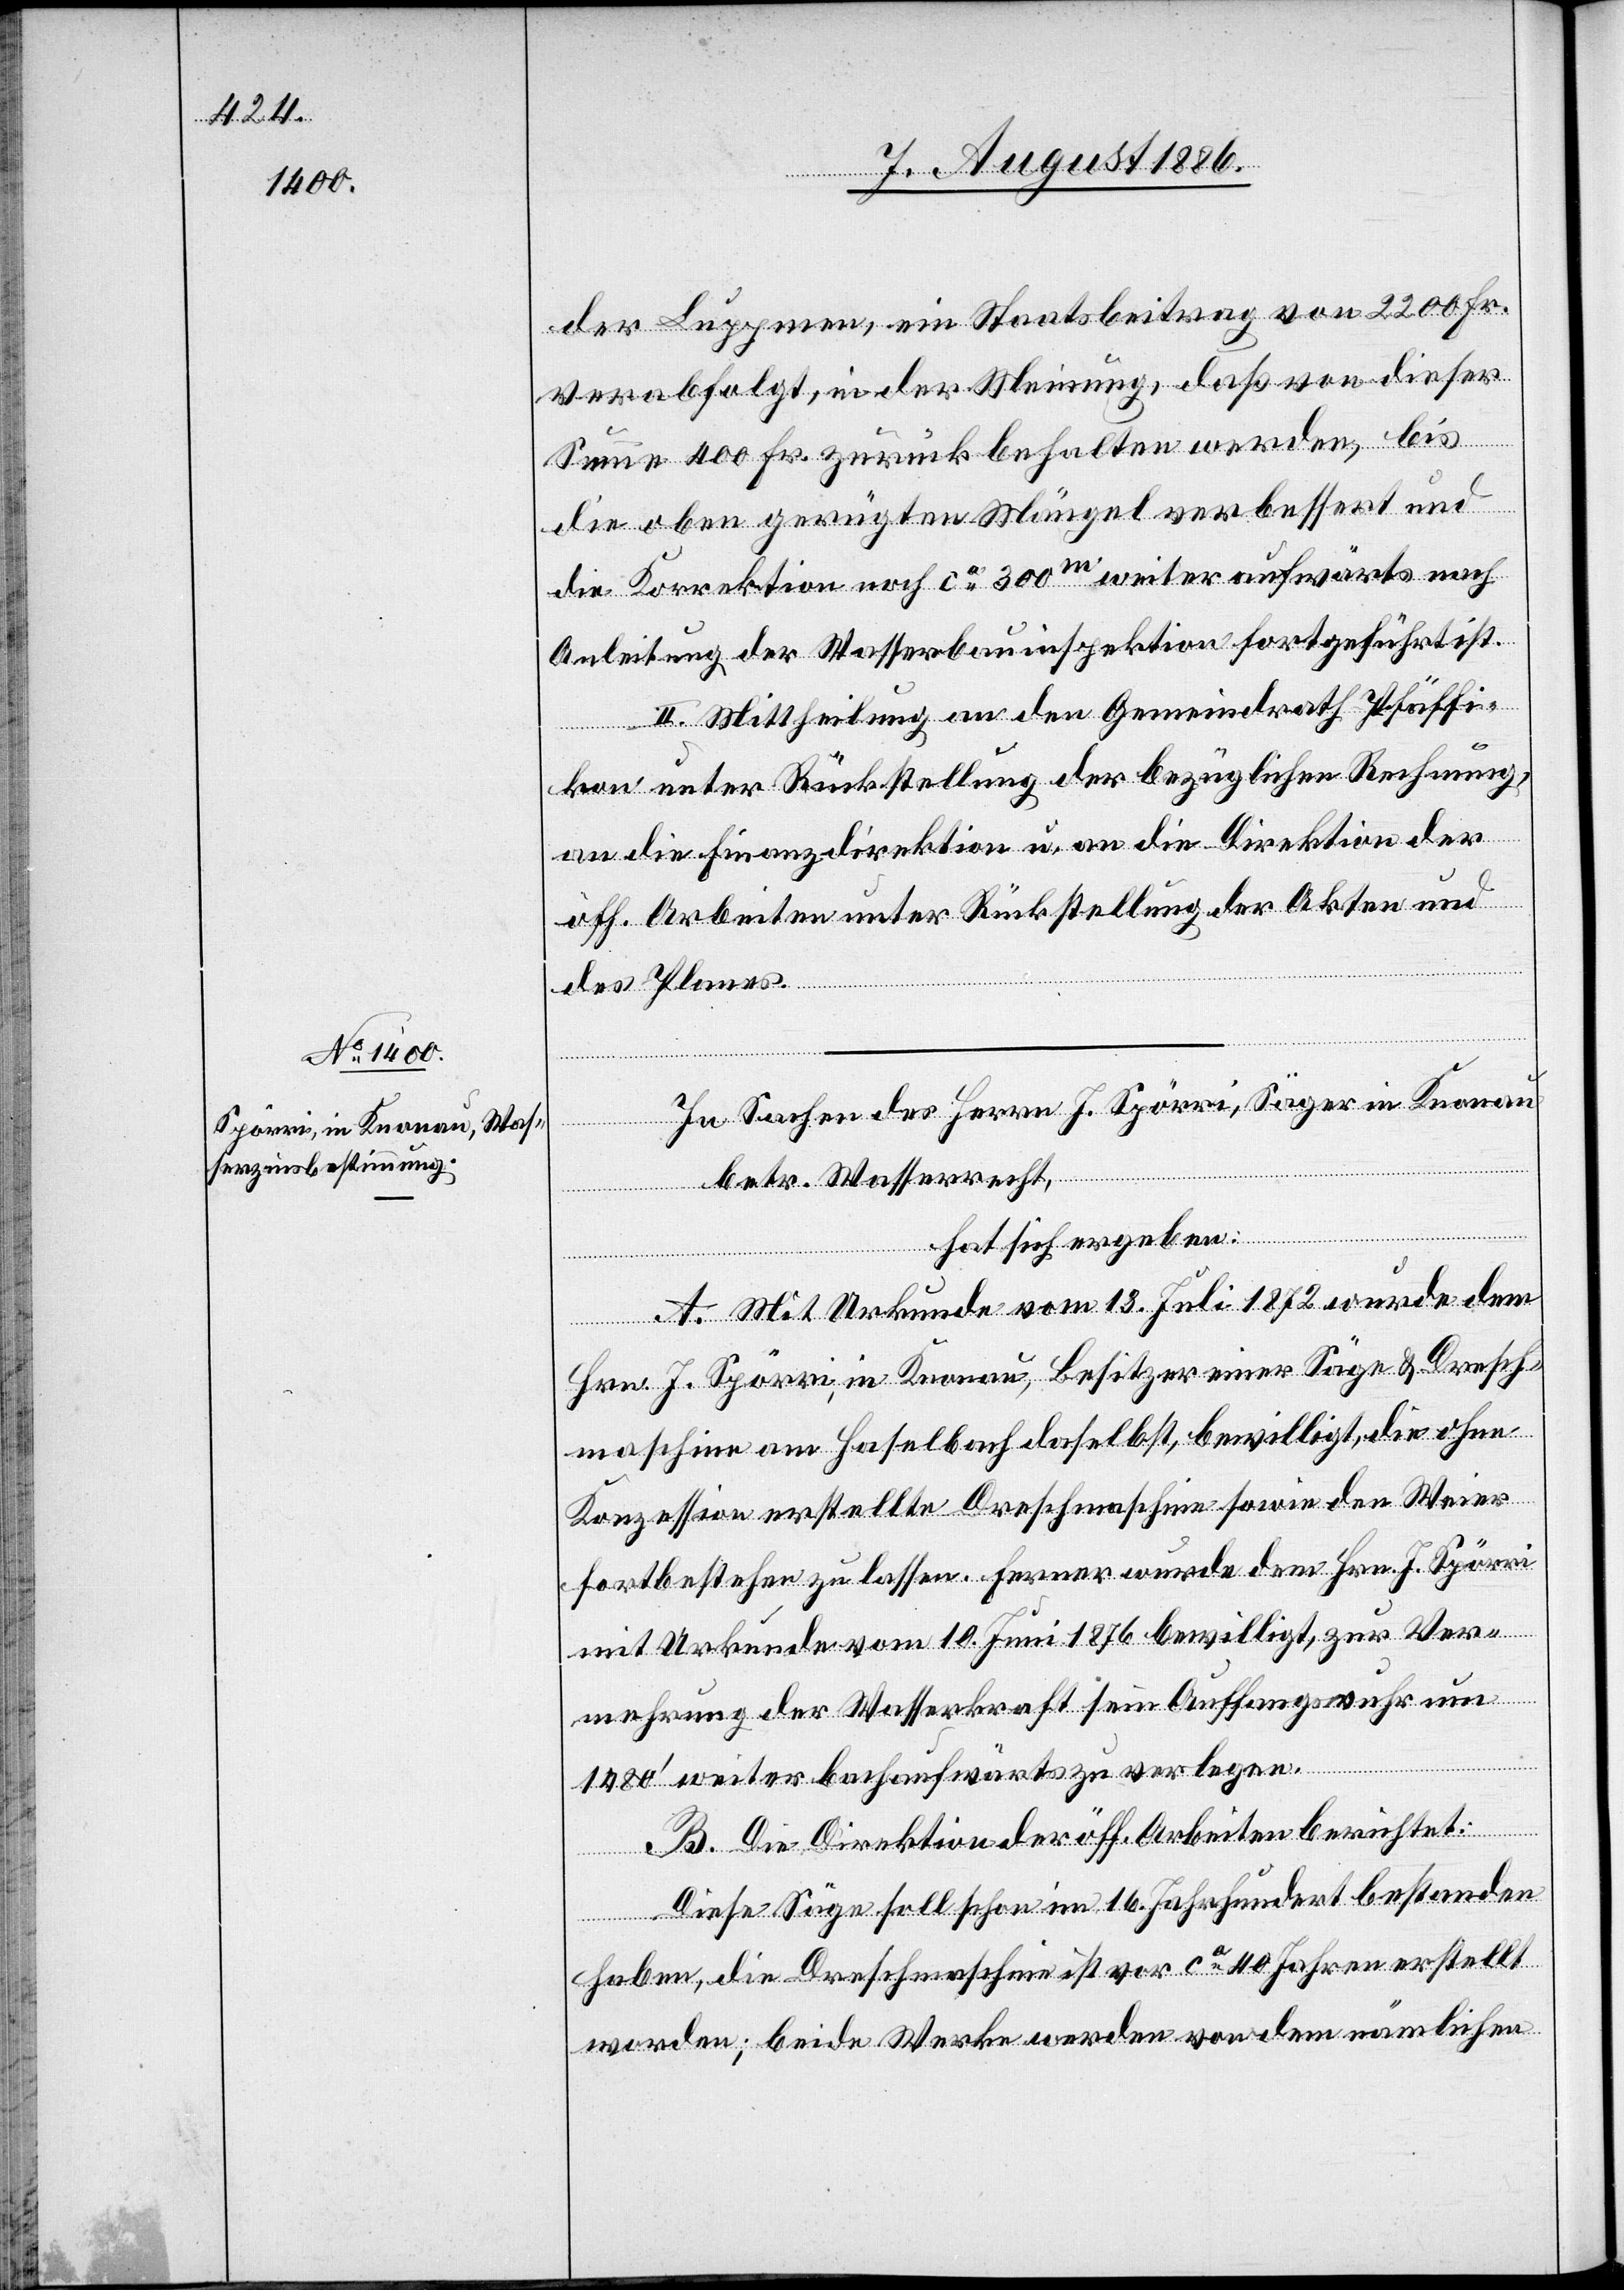
der Luppmen, ein Staatsbeitrag von 2200 Fr.
verabfolgt, in der Meinung, daß von dieser
Summe 400 Fr. zurück behalten werden, bis
die oben gerügten Mängel verbessert und
die Korrektion noch ca 300m weiter aufwärts nach
Anleitung der Wasserbauinspektion fortgeführt ist.
II. Mittheilung an den Gemeindrath Pfäffi¬
kon unter Rückstellung der bezüglichen Rechnung,
an die Finanzdirektion u. an die Direktion der
öff. Arbeiten unter Rückstellung der Akten und
des Planes.
In Sachen des Herrn J. Spörri, Säger in Knonau
betr. Wasserrecht,
hat sich ergeben:
A. Mit Urkunde vom 13. Juli 1872 wurde dem
Hrn. J. Spörri, in Knonau, Besitzer einer Säge & Dresch¬
maschine am Haselbach daselbst, bewilligt, die ohne
Konzession erstellte Dreschmaschine sowie den Weier
fortbestehen zu lassen. Ferner wurde dem Hrn. J. Spörri
mit Urkunde vom 10. Juni 1876 bewilligt, zur Ver¬
mehrung der Wasserkraft sein Auffangswuhr um
1480‘ weiter bachaufwärts zu verlegen.
B. Die Direktion der öff. Arbeiten berichtet:
Diese Säge soll schon im 16. Jahrhundert bestanden
haben, die Dreschmaschine ist vor ca 40 Jahren erstellt
worden; beide Werke werden von dem nämlichen